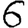
Digit: 6